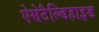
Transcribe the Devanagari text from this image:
ऐसेटैल्डिहाइड